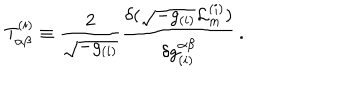
T _ { \alpha \beta } ^ { ( i ) } \equiv \frac { 2 } { \sqrt { - g _ { ( i ) } } } \frac { \delta ( \sqrt { - g _ { ( i ) } } { \cal L } _ { m } ^ { ( i ) } ) } { \delta g _ { ( i ) } ^ { \alpha \beta } } \, .